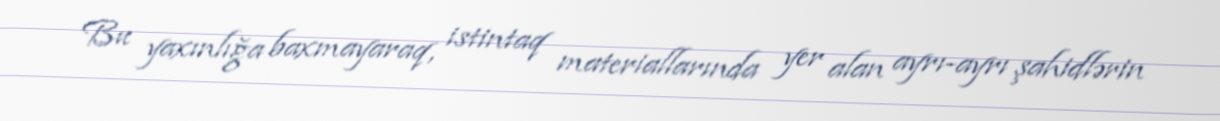
Bu yaxınlığa baxmayaraq, istintaq materiallarında yer alan ayrı-ayrı şahidlərin